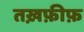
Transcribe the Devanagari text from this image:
तख़फ़ीफ़